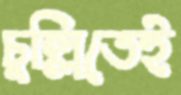
চুল্লিতেই